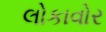
લોકાવોર